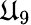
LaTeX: \mathfrak{U}_{9}